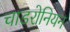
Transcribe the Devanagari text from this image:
चाडरोनियन